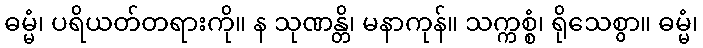
ဓမ္မံ၊ ပရိယတ်တရားကို။ န သုဏန္တိ၊ မနာကုန်။ သက္ကစ္စံ၊ ရိုသေစွာ။ ဓမ္မံ၊